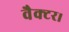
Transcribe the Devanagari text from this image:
वैक्टर।